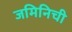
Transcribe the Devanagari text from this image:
जमिनिची